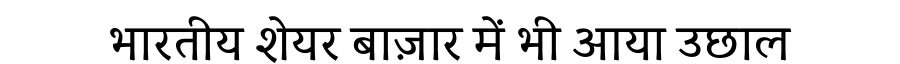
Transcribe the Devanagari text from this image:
भारतीय शेयर बाज़ार में भी आया उछाल